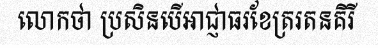
លោកថា ប្រសិនបើអាជ្ញាធរខែត្ររតនគិរី